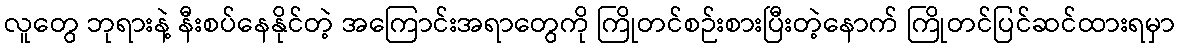
လူတွေ ဘုရားနဲ့ နီးစပ်နေနိုင်တဲ့ အကြောင်းအရာတွေကို ကြိုတင်စဉ်းစားပြီးတဲ့နောက် ကြိုတင်ပြင်ဆင်ထားရမှာ